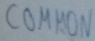
Text: COMMMON